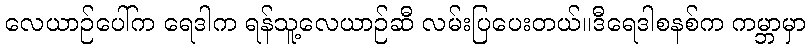
လေယာဉ်ပေါ်က ရေဒါက ရန်သူ့လေယာဉ်ဆီ လမ်းပြပေးတယ်။ဒီရေဒါစနစ်က ကမ္ဘာမှာ